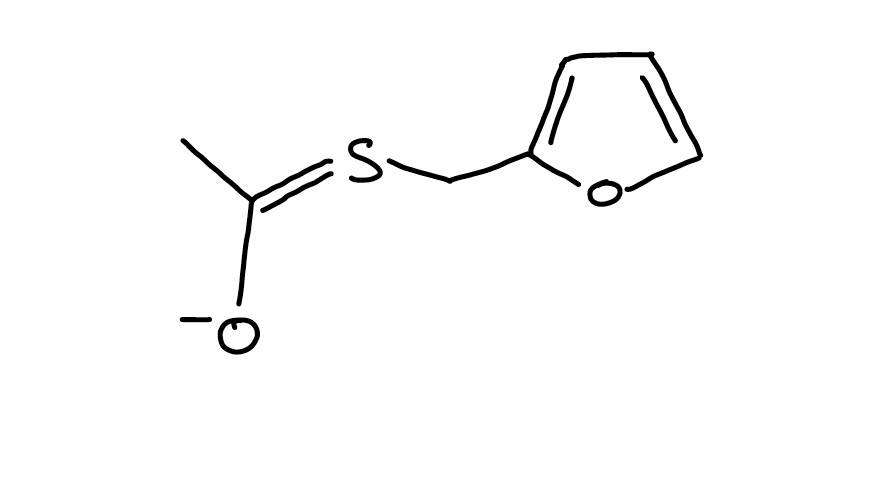
Simplified molecular-input line-entry system (SMILES) notation of the given molecule:
CC(=[S]CC1=CC=CO1)[O-]